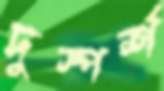
দুস্পর্শ